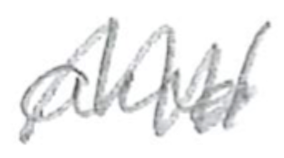
Text: and
Cross-out: zig-zag
Writing tool: pencil